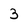
Character: 3